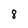
Character: 8